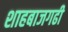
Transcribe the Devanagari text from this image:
शाहबाजगढी